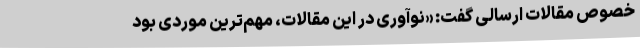
خصوص مقالات ارسالی گفت: «نوآوری در این مقالات، مهم‌ترین موردی بود